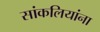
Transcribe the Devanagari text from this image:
सांकलियांना